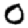
Digit: 0